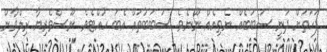
ފަހަތަށް ދަނީ ސަބަބެއް ނެތިއެއް ނޫނެވެ. ސަބަބުތައް އެބަ ހުއްޓެވެ. ނޫސްވެރިޔާ ރިލްވާން